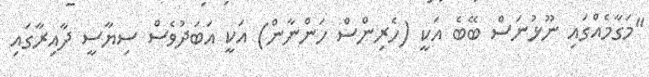
"މަގާމެއްގައި ނޫޅުނަސް ބޭބެ އަކީ (ހެރިންސް ހަންނާން) އަކީ އަބަދުވެސް ސިޔާސީ ދާއިރާގައި